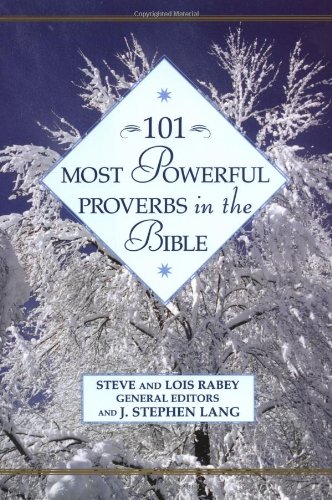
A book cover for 101 Most Powerful Proverbs in the Bible (101 Most Powerful Series); Steve; Christian Books & Bibles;